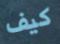
كيف